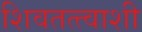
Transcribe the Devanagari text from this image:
शिवतत्त्वाशी